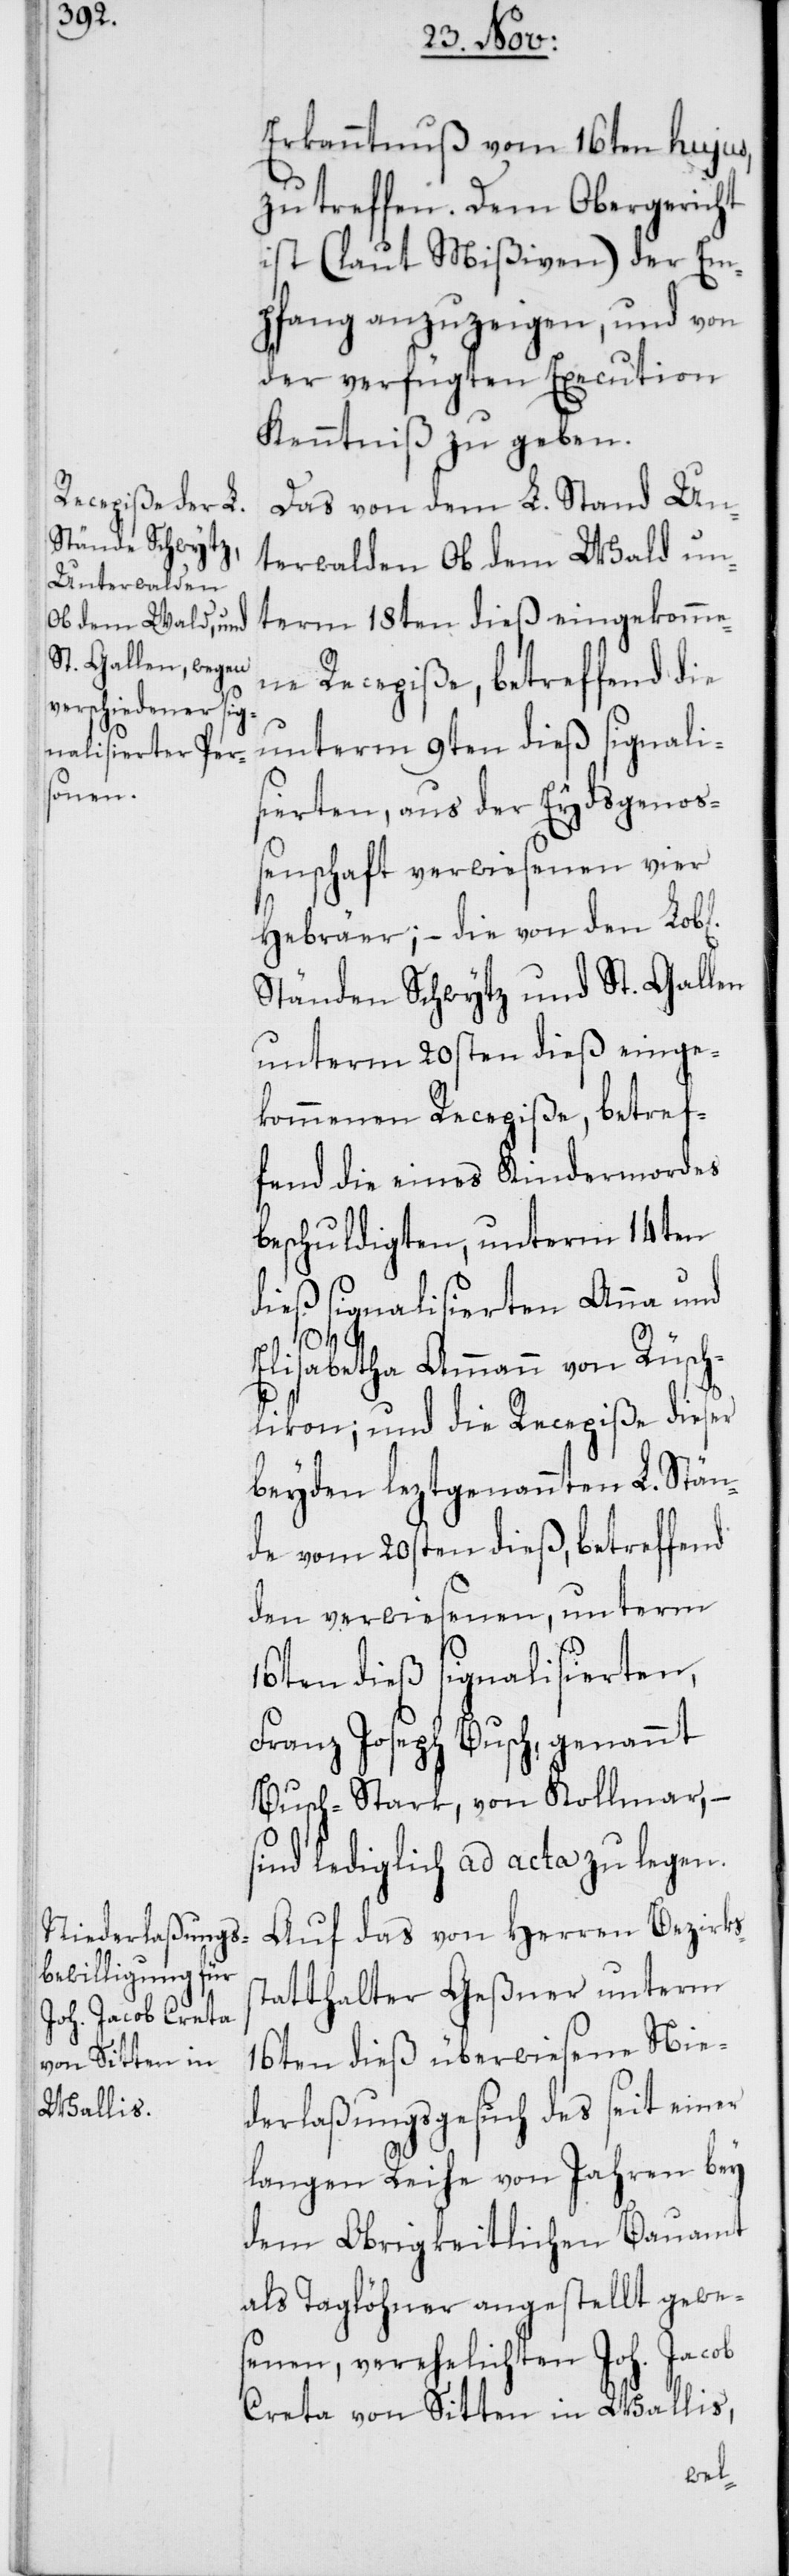
Erkanntnuß vom 16ten hujus,
zu treffen. Dem Obergericht
ist (laut Mißiven) der Em¬
pfang anzuzeigen, und von
der verfügten Execution
Kenntniß zu geben.
Das von dem L. Stand Un¬
terwalden Ob dem Wald un¬
term 18ten dieß eingekomme¬
ne Recepiße, betreffend die
unterm 9ten dieß signali¬
sierten, aus der Eydsgenoß¬
enschaft verwiesenen vier
Hebräer, – die von den Lob[l¬
Ständen Schwytz und St. Gallen
unterm 20sten dieß einge¬
kommenen Recepiße, betref¬
fend die eines Kindermordes
beschuldigten, unterm 14ten
dieß signalisierten Anna und
ichen]
s¬
Elisabetha Ammann von Rüsch¬
likon, und die Recepiße dieser
beyden leztgenannten L. Stän¬
de vom 20sten dieß, betreffend
den verwiesenen, unterm
16ten dieß signalisierten
Franz Joseph Busch, genannt
Busch-Stark, von Kollmar, –
sind lediglich ad acta zu legen.
Auf das von Herren Bezirks¬
tatthalter Geßner unterm
16ten dieß überwiesene Nie¬
derlaßungsgesuch des seit einer
langen Reihe von Jahren bey
dem Obrigkeitlichen Bauamt
als Taglöhner angestellt gewes¬
enen, verehelichten Joh. Jacob
Creta von Sitten im Wallis,